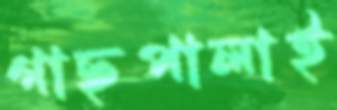
গাছপালাই